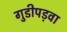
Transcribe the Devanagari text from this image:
गुडीपड़वा